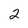
Character: 2